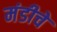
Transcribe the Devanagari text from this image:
मंडीचे